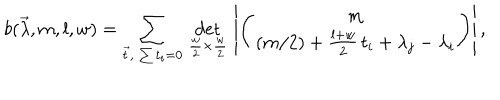
b ( \vec { \lambda } , m , l , w ) = \sum _ { \vec { t } , \; \sum t _ { i } = 0 } \, \det _ { \frac { w } { 2 } \times \frac { w } { 2 } } \, \left| \Biggl ( { m \atop ( m / 2 ) + \frac { l + w } { 2 } \, t _ { i } + \lambda _ { j } - \lambda _ { i } } \Biggr ) \right| ,